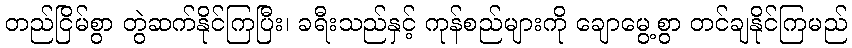
တည်ငြိမ်စွာ တွဲဆက်နိုင်ကြပြီး၊ ခရီးသည်နှင့် ကုန်စည်များကို ချောမွေ့စွာ တင်ချနိုင်ကြမည်